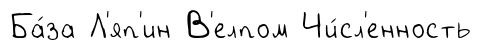
Ба́за Л'яп'ин В'елпом Чи́сл'енность